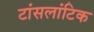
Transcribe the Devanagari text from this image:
टांसलांटिक